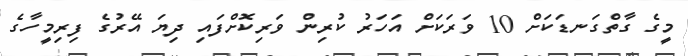
މީގެ ގާތްގަނޑަކަށް 10 ވަރަކަށް އަހަރު ކުރިން ވަރިކޮށްފައި ދިޔަ އޭރުގެ ފިރިމީހާގެ